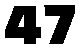
47